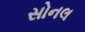
સોનલ